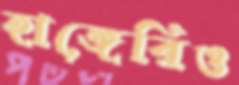
হাঙ্গেরিও